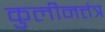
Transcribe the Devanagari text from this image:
कुलीनत्तंत्र